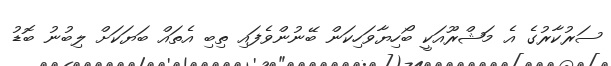
ސަރުކާރުގެ އެ މަޝްރޫއަކީ ބޯހިޔާވަހިކަން ބޭނުންވެފައި ތިބި އެތައް ބަޔަކަށް ލިބުނު ބޮޑު